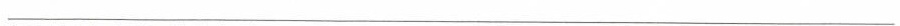
___